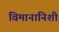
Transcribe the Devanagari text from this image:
विमानांनिशी